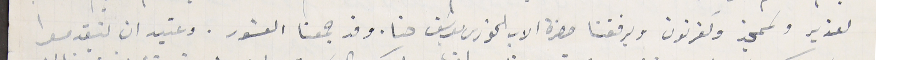
لعزير ولممجز وكفرنون ويرفقنا حضرة الاب الخورى يوسَف حنا. وقد جمعنا العشور. وعتيد ان يتقدموا